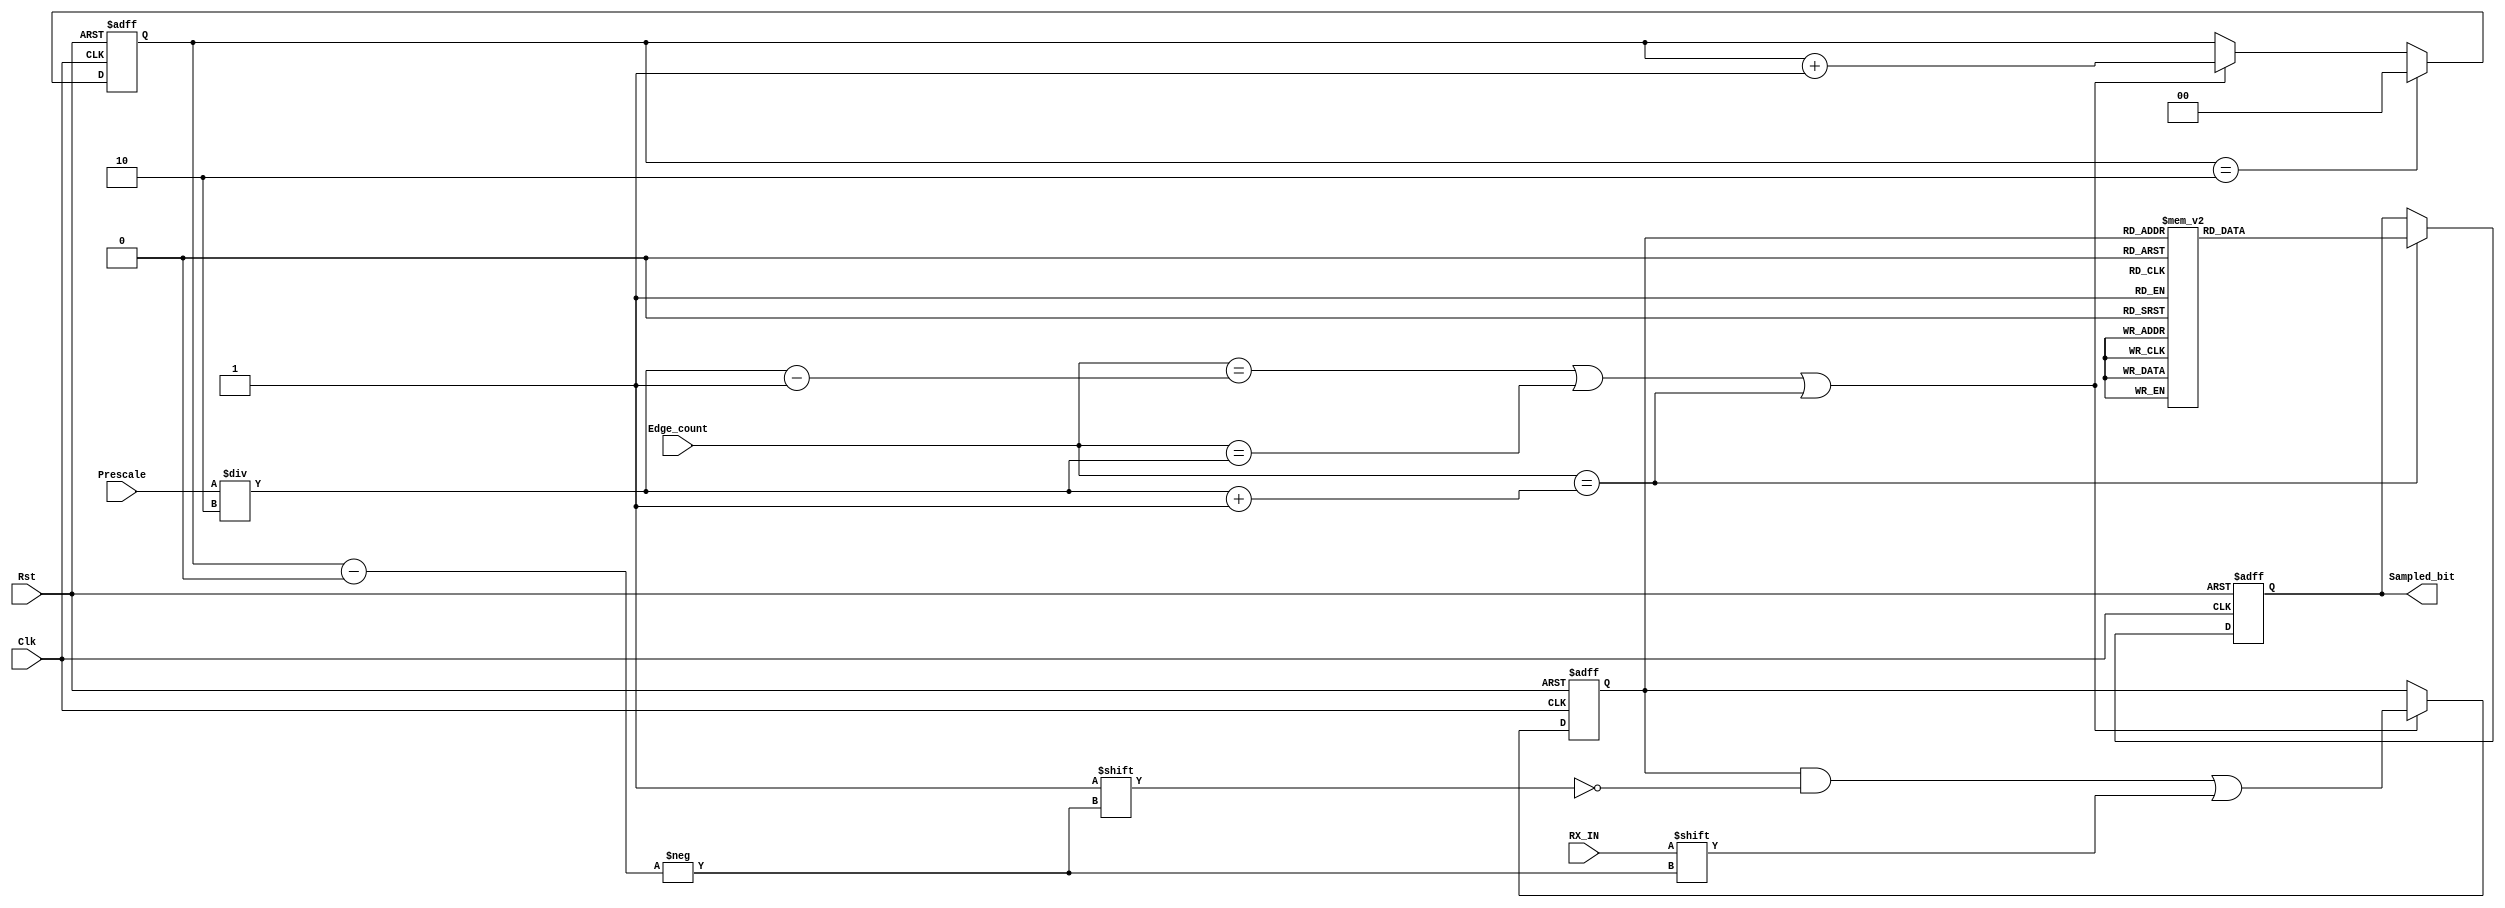
module Data_sampling 
(
    input  wire [3:0]    Prescale,
    input  wire          RX_IN,
    input  wire          Clk,
    input  wire          Rst,
    input  wire [2:0]    Edge_count,
    output reg           Sampled_bit
);

reg [2:0] regfile ;
reg [1:0] index_counter ;
reg Sampled_bit_reg;

always @(*) 
begin
   if(Edge_count== (Prescale/2)+3'd1) 
    begin
     case (regfile)
       3'b000 : Sampled_bit_reg =1'd0;
       3'b001 : Sampled_bit_reg =1'd0;
       3'b010 : Sampled_bit_reg =1'd0;
       3'b011 : Sampled_bit_reg =1'd1;
       3'b100 : Sampled_bit_reg =1'd0;
       3'b101 : Sampled_bit_reg =1'd1;
       3'b110 : Sampled_bit_reg =1'd1;
       3'b111 : Sampled_bit_reg =1'd1;
       default: Sampled_bit_reg =1'd1;
     endcase
    end
   else
      Sampled_bit_reg =Sampled_bit;
end


always @(posedge Clk or negedge Rst) 
begin
 if(!Rst)
      Sampled_bit <=1'd0;  
 else 
      Sampled_bit <= Sampled_bit_reg;
end



always @(posedge Clk or negedge Rst) 
begin
 if(!Rst)
   regfile <= 3'd0;   
 //else if( index_counter == 2'd3)   
  // regfile <= 3'd0;   
 else if( Edge_count== (Prescale/2)-3'd1 || Edge_count== (Prescale/2) || Edge_count== (Prescale/2) +3'd1 )
   regfile[index_counter] <= RX_IN;
end
    

always @(posedge Clk or negedge Rst) 
begin
 if(!Rst) 
    index_counter <= 2'd0;
 else if(index_counter == 2'd2)
    index_counter <= 2'd0;
 else if(Edge_count== (Prescale/2)-3'd1 || Edge_count== (Prescale/2) || Edge_count== (Prescale/2) +3'd1 )
    index_counter <= index_counter + 2'd1; 
end


endmodule